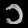
Digit: ၁